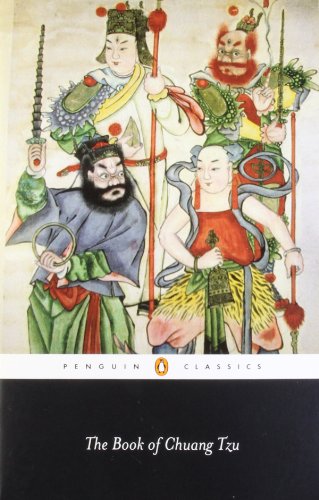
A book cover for The Book of Chuang Tzu (Penguin Classics); Religion & Spirituality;